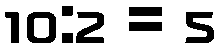
10:2 = 5